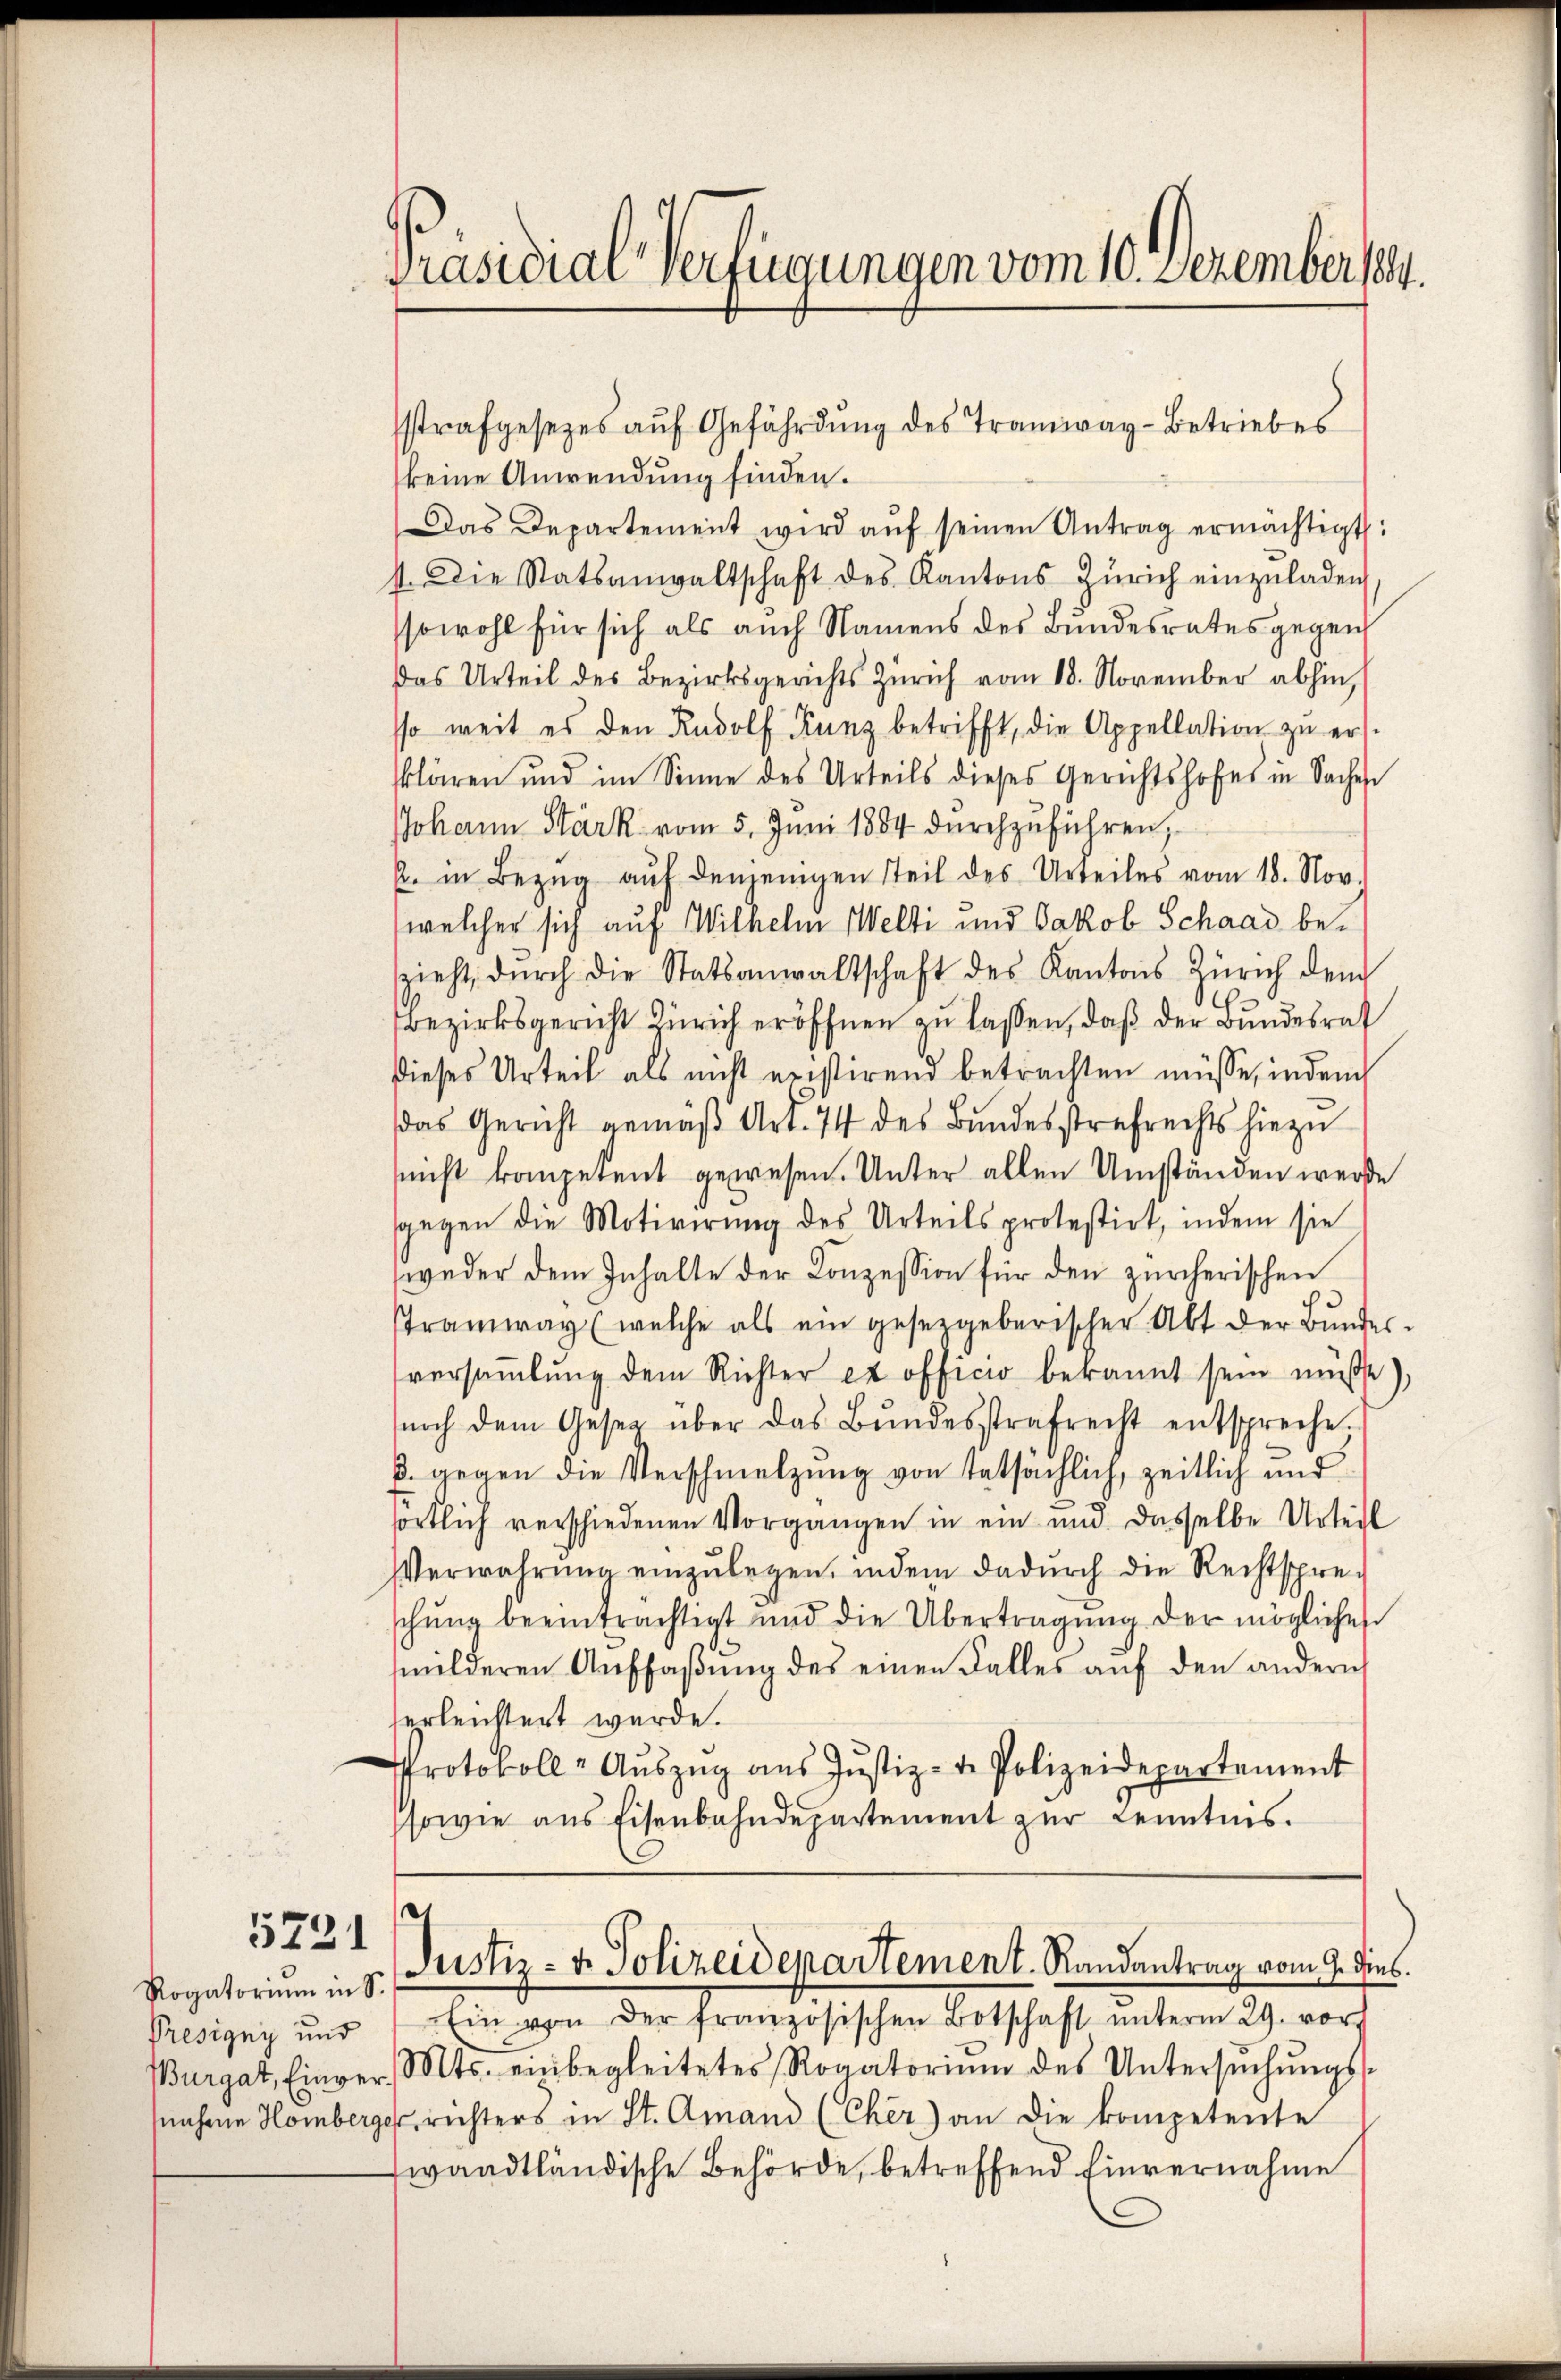
5731

sstrafgesetzes aŭf Gefährdung des Tramway-Betriebes
keine Anwendung finden.
Das Departement wird aŭf seinen Antrag ermächtigt:
4. Die Statsanwaltschaft des Kantons Zürich einzŭladen,
sowohl für sich als auch Namens des Bundesrates gegen
Das Urteil des Bezirksgerichts Zürich vom 18. November abhin,
sso weit es den Rudolf Kunz betrifft, die Appellation zŭ ers
klären und im Sinne des Urteils dieses Gerichtshofes in Sachen
Johann Stark vom 5. Juni 1884 durchzuführen,
2. in Bezŭg aŭf denjenigen Teil des Urteiles vom 18. Nov.
welcher sich auf Wilhelm Welti und Jakob Schaad beszieht, dŭrch die Statsanwaltschaft des Kantons Zürich dem
Bezirksgericht Zürich eröffnen zu laßen, daß der Bundesrat
dieses Urteil als nicht existirend betrachten müsse, indem
das Gericht gemäβ Art. 74 des Bŭndesstrafrechts hiezu
snicht kompetent gewesen. Unter allen Umständen werde
swegen die Motivirung des Urteils protestirt, indem sie
weder dem Inhalte der Konzession für den zürcherischen
Tramway (welche als ein gesetzgeberischer Abt der Bŭndes-
versaṁlŭng dem Richter ex officio bekannt sein müsse),
noch dem Gesetz über das Bŭndesstrafrecht entspreche.
3. gegen die Verschmelzung von tatsächlich, zeitlich und
sörtlich verschiedenen Vorgangen in ein und dasselbe Urteil
Verwahrŭng einzŭlegen, indem dadurch die Rechtspre-
schŭng beeinträchtigt und die Übertragŭng der mögliches
milderen Aŭffaβŭng des einen Falles aŭf den andern
erleichtert wurde.
Protokoll-Aŭszŭg aŭs Jŭstiz- u. Polizeidepartement
sowie aus Eisenbahndepartement zur Kenntnis.

Presigny und

Präsidial-Verfügungen vom 10. Dezember 1884.

Ein von der französischen Botschaft ŭnterm 29. vor
Burgat, Einver. Mts. einbegleitetes Rogatoriŭm des Untersŭchŭngs-
nahme Homberger, richters in St. Amand (Cher) an die kompetente
waadtländische Behörde, betreffend Einvernahme

Rogatoriŭm in 5. Justiz- & Polizeidepartement. Randantrag vom 9. dies.